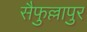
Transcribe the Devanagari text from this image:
सैफुल्लापुर